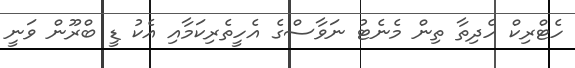
ހެޓްރިކް ހެދިތާ ތިން މެނެޓު ނަވާސްގެ އެހީތެރިކަމާއި އެކު ޑީ ބްރޫން ވަނީ